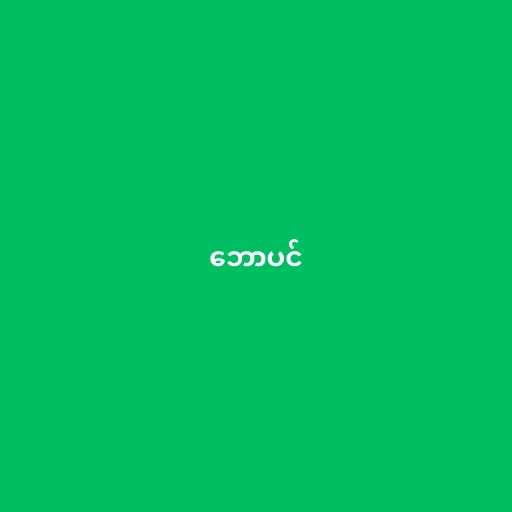
ဘောပင်